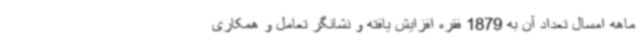
ماهه امسال تعداد آن به 1879 فقره افزایش یافته و نشانگر تعامل و همکاری